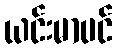
ယင်းမာပင်